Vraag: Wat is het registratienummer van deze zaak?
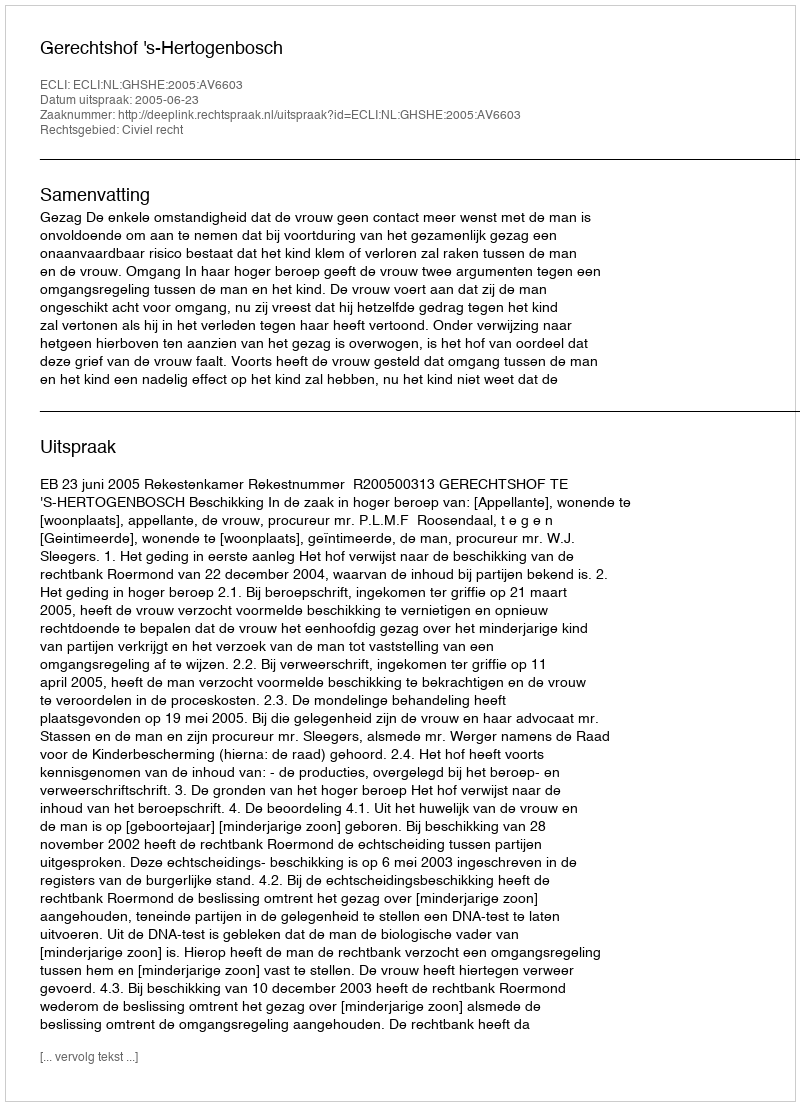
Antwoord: http://deeplink.rechtspraak.nl/uitspraak?id=ECLI:NL:GHSHE:2005:AV6603